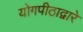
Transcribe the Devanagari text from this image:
योगपीठाद्वारे